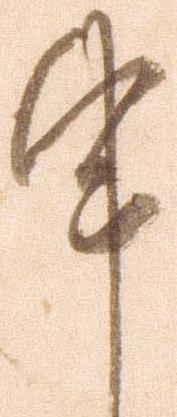
申